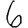
Digit: 6